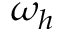
\omega _ { h }